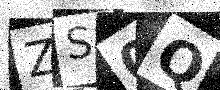
Text: ZS0Q